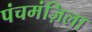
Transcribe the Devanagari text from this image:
पंचमंज़िला